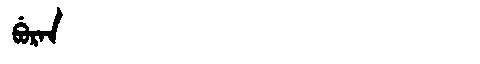
Manchu: ᠪᡠᡵᠠᠨ
Romanization: BURAN